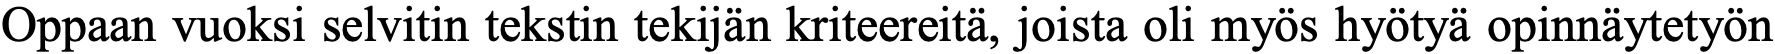
Oppaan vuoksi selvitin tekstin tekijän kriteereitä, joista oli myös hyötyä opinnäytetyön